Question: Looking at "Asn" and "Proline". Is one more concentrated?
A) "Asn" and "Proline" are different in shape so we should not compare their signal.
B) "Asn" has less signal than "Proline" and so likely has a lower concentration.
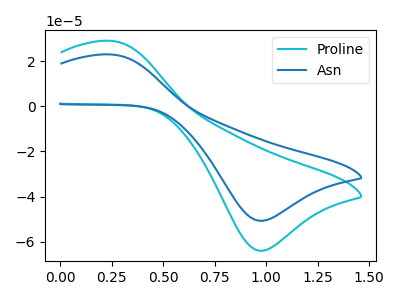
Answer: <think>The cyan curve "Proline" has an anodic peak at (0.25V, 29.05uA) and a cathodic peak at (0.95V, -63.95uA). The blue curve "Asn" has an anodic peak at (0.25V, 23.00uA) and a cathodic peak at (0.95V, -50.70uA).
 All the peaks in "Asn" have a peak in "Proline" at the same potential. Every peak in "Asn" is lower than every peak in "Proline".</think>
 <answer>B) "Asn" has less signal than "Proline" and so likely has a lower concentration.</answer>
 <eval>B</eval>